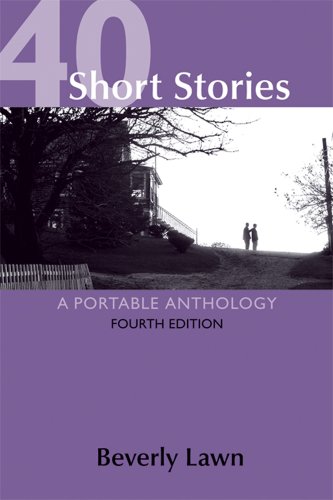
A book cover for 40 Short Stories: A Portable Anthology; Beverly Lawn; Literature & Fiction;